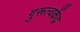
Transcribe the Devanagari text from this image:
गुरूत्वकेंद्र